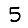
Digit: 5